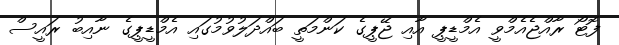
ފޮޓޯ ރާއްޖެއެމްވީ އެމްޑީޕީ އާއި ޖޭޕީގެ ކަންމަތީ ބައްދަލުވުމުގައި އެމްޑީޕީގެ ނާއިބު ރައީސް